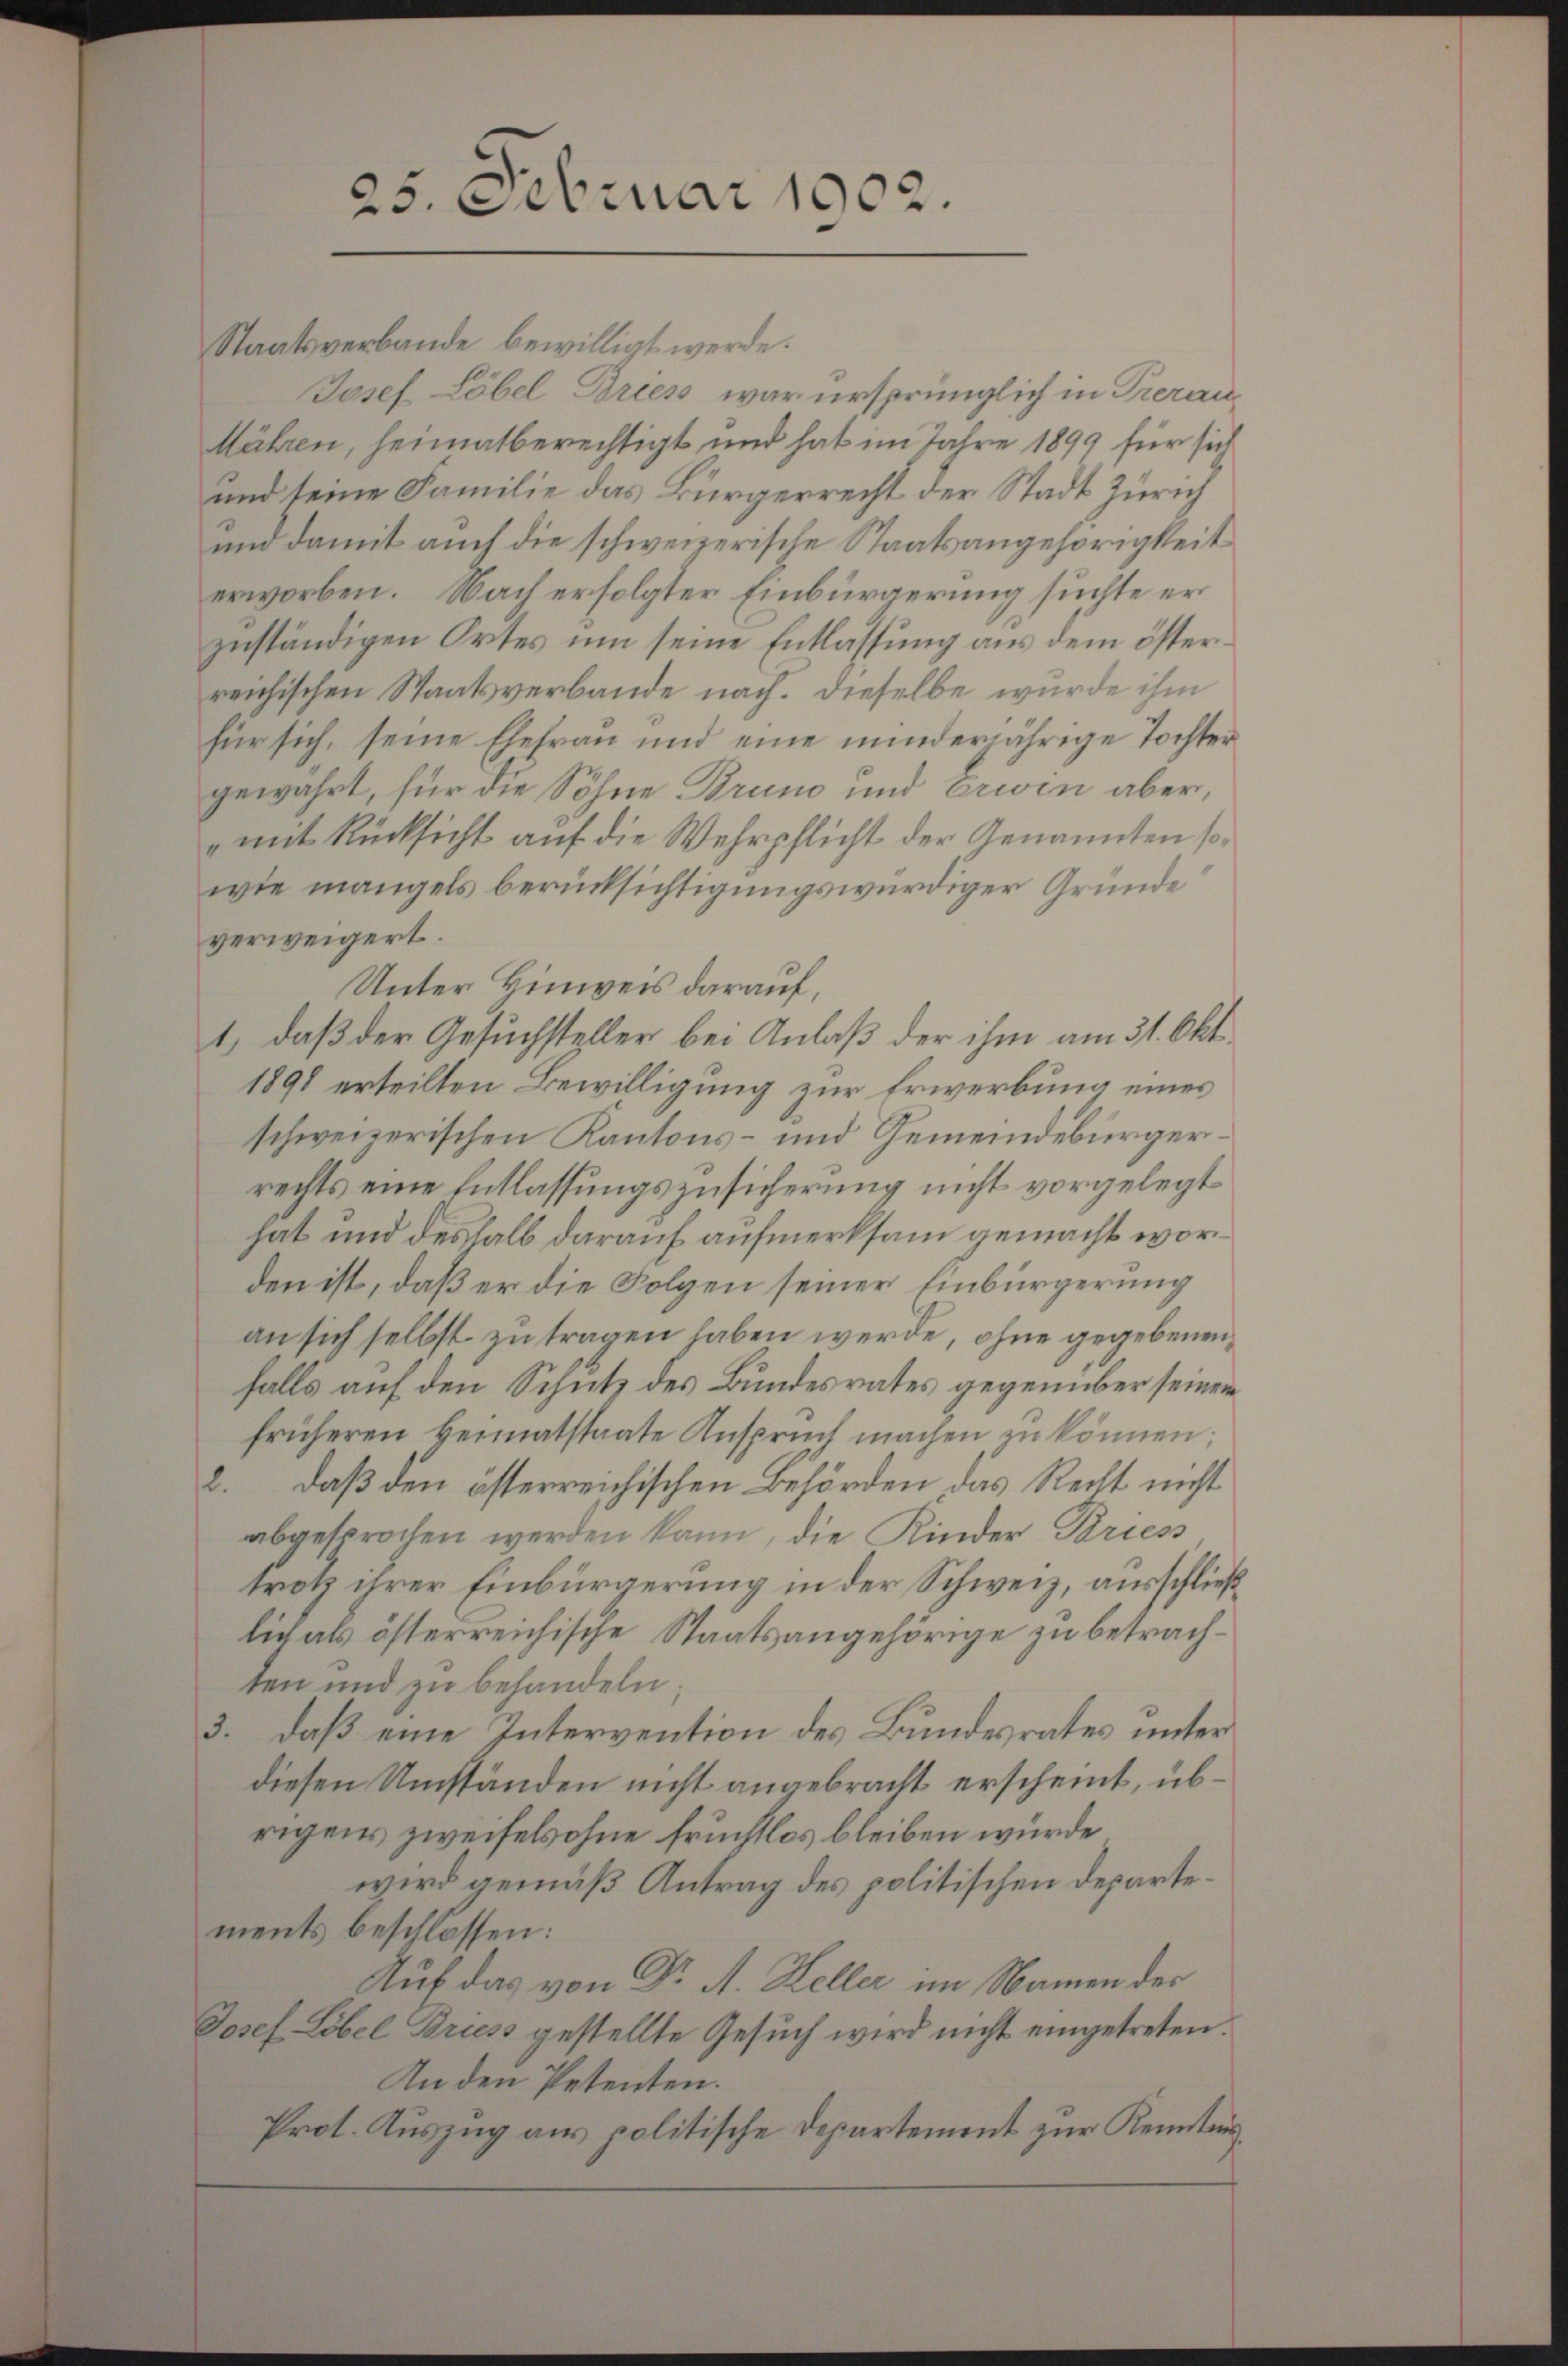
25. Februar 1902.

Staatsverbande bewilligt werde.
Josef Löbel Brees war ursprünglich in Prerau
lähren, heimatberechtigt und hat im Jahre 1899 für sich
und seine Familie das Bürgerrecht der Stadt Zürich
und damit auch die schweizerische Staatsangehörigkeit
erworben. Nach erfolgter Einbürgerung suchte er
zuständigen Ortes um seine Entlassung aus dem österreichischen Staatsverbande nach. Dieselbe wurde ihm
für sich, seine Ehefrau und eine minderjährige Tochter
gewahrt, für die Söhne Bruno und erwin aber,
mit Rücksicht auf die Wehrpflicht der Genannten sowie mangels berücksichtigungswürdiger Gründe
verweigert.
Unter Hinweis darauf,
1) daß der Gesuchsteller bei Anlaß der ihm am 31. Okt
1898 erteilten Bewilligung zur Erwerbung eines
schweizerischen Kantons- und Gemeindebürgerrechts eine Entlassungszusicherung nicht vorgelegt
hat und deshalb darauf aufmerksam gemacht worden ist, daß er die Folgen seiner Einbürgerung
an sich selbst zu tragen haben werde, ohne gegebenen
falls auf den Schutz des Bundesrates gegenüber seinem
früheren Heimatstaate Anspruch machen in können;
2. daß den österreichischen Behörden das Recht nicht
abgesprochen werden kann, die Kinder Driess
trotz ihrer Einbürgerung in der Schweiz, ausschließ
lich als österreichische Staatsangehörige zu betrachten und zu behandeln;
3. daß eine Intervention des Bundesrates unter
diesen Umständen nicht angebracht erscheint, übrigens zweifelsohne fruchtlos bleiben würde,
wird gemäß Antrag des politischen Departements beschlossen:
Auf das von Dr A. Keller im Namen der
Josef Löbel Briess gestellte Gesuch wird nicht eingetreten.
An den Petenten.
Prot. Auszug aus politische Departement zur Kenntnis